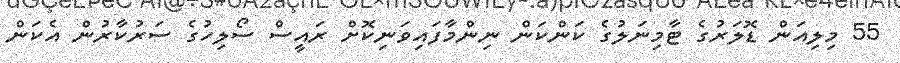
55 މިލިއަން ޑޮލަރުގެ ޓާމިނަލުގެ ކަންކަން ނިންމާފައިވަނިކޮށް ރައީސް ސޯލިހުގެ ސަރުކާރުން އެކަން